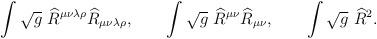
LaTeX: \begin{align*}\int \sqrt{g}~\widehat{R}^{\mu \nu \lambda \rho }\widehat{R}_{\mu \nu\lambda \rho },\qquad \int \sqrt{g}~\widehat{R}^{\mu \nu }\widehat{R}_{\mu\nu },\qquad \int \sqrt{g}~\widehat{R}^{2}. \end{align*}